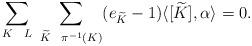
LaTeX: \begin{align*}\sum_{K \ \ L} \ \sum_{ \widetilde{K} \ \ \pi^{-1}(K)} (e_{\widetilde{K}}-1) \langle[\widetilde{K}], \alpha \rangle = 0.\end{align*}